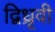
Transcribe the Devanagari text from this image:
द्विध्रृवी